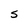
Character: S